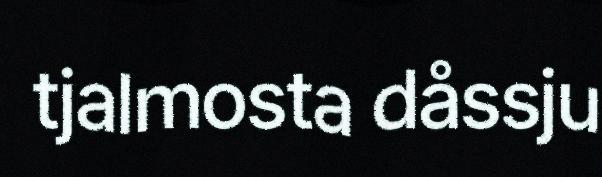
tjalmosta dåssju